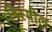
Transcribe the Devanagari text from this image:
बिस्मील